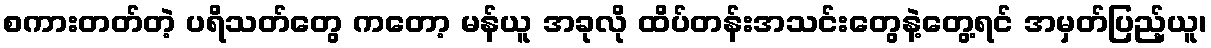
စကားတတ်တဲ့ ပရိသတ်တွေ ကတော့ မန်ယူ အခုလို ထိပ်တန်းအသင်းတွေနဲ့တွေ့ရင် အမှတ်ပြည့်ယူ၊